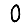
Digit: 0